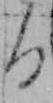
る